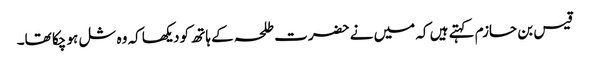
قیس بن حازم کہتے ہیں کہ میں نے حضرت طلحہ کے ہاتھ کو دیکھا کہ وہ شل ہو چکا تھا۔